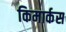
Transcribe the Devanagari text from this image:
किमार्कस